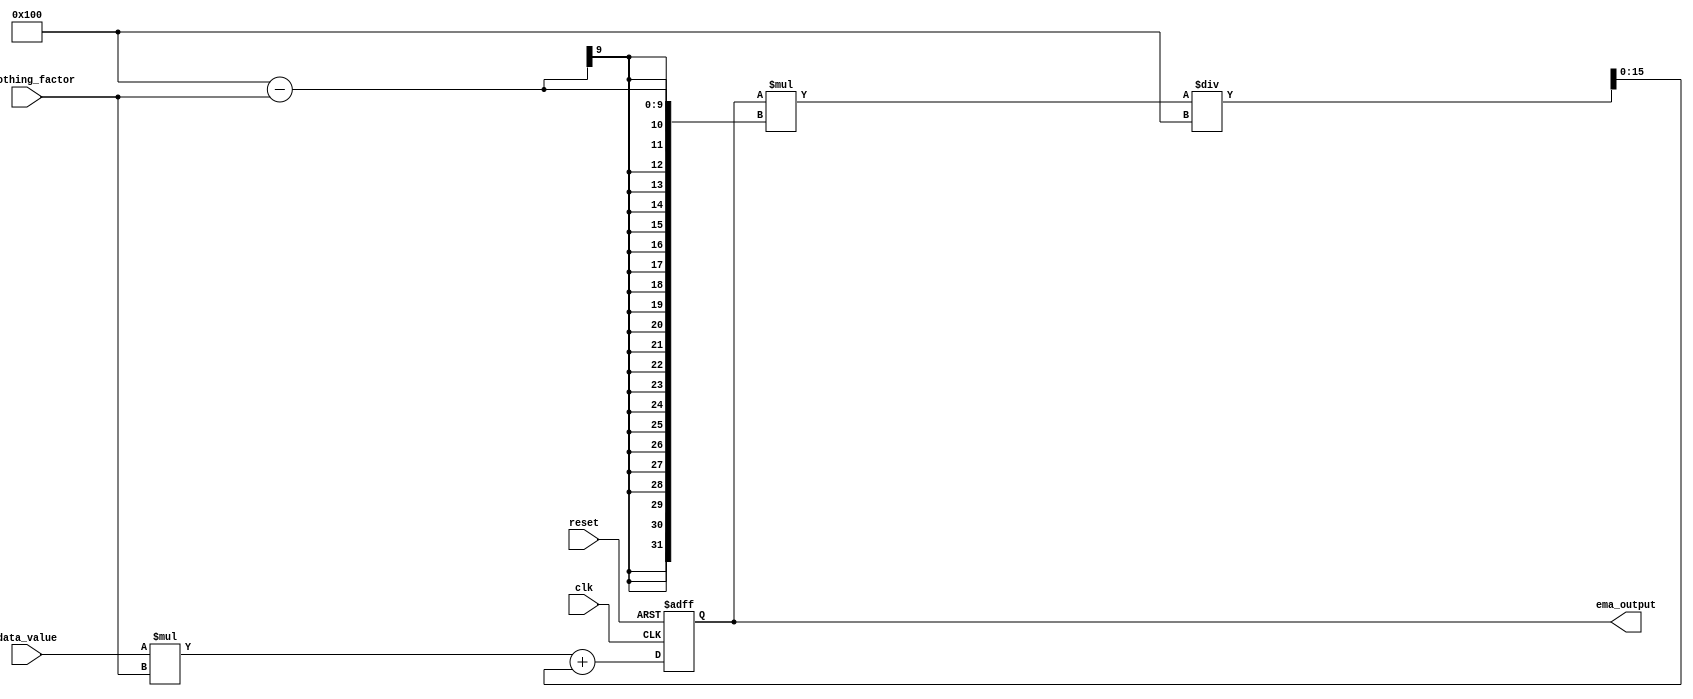
module EMA (
   input wire clk,
   input wire reset,
   input wire [7:0] data_value,
   input wire [7:0] smoothing_factor,
   output reg [15:0] ema_output
);

reg [15:0] ema_accumulator;

always @(posedge clk or posedge reset) begin
   if (reset) begin
      ema_accumulator <= 0;
   end else begin
      ema_accumulator <= (data_value * smoothing_factor) + (ema_accumulator * (256 - smoothing_factor)) / 256;
   end
end

assign ema_output = ema_accumulator;

endmodule